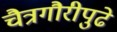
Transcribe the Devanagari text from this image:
चैत्रगौरीपुढे